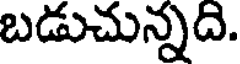
బడుచున్నది.